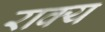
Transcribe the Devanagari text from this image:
राक्य